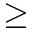
\ge